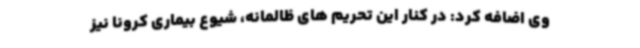
وی اضافه کرد: در کنار این تحریم های ظالمانه، شیوع بیماری کرونا نیز